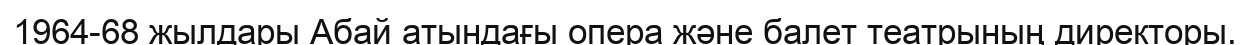
1964-68 жылдары Абай атындағы опера және балет театрының директоры.